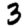
Digit: 3